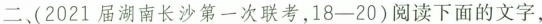
二(2021届湖南长沙第一次联考，18-20)阅读下面的文字，